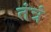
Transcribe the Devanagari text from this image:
तंत्रं